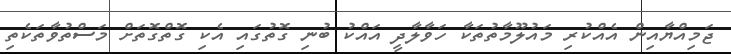
ޖަމިއްޔާއިން އެއްކުރި މައުލޫމާތުތަކާ ހަވާލާދީ އައްކު ބުނި ގޮތުގައި އެކި ގޮތްގޮތަށް މަސްތުވާތަކެތި